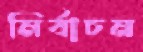
নির্বাচন